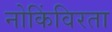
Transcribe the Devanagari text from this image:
नोकिंविरता